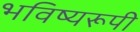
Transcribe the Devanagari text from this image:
भविष्यरूपी